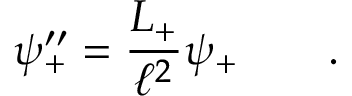
\psi _ { + } ^ { \prime \prime } = \frac { L _ { + } } { \ell ^ { 2 } } \psi _ { + } \qquad .